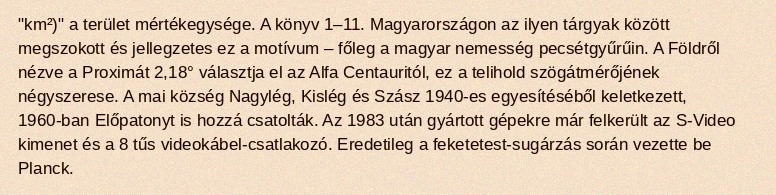
"km²)" a terület mértékegysége. A könyv 1–11. Magyarországon az ilyen tárgyak között megszokott és jellegzetes ez a motívum – főleg a magyar nemesség pecsétgyűrűin. A Földről nézve a Proximát 2,18° választja el az Alfa Centauritól, ez a telihold szögátmérőjének négyszerese. A mai község Nagylég, Kislég és Szász 1940-es egyesítéséből keletkezett, 1960-ban Előpatonyt is hozzá csatolták. Az 1983 után gyártott gépekre már felkerült az S-Video kimenet és a 8 tűs videokábel-csatlakozó. Eredetileg a feketetest-sugárzás során vezette be Planck.